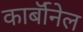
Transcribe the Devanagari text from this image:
कार्बाॅनेल